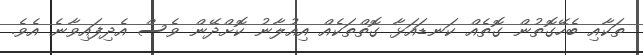
ތަކާއި ބެހޭގޮތުން ގޮތެއް ކަނޑައަޅާ ގޮތްތަކެއް އިއުލާނު ކޮށްދޭން ވެސް އެދިިފައިވާނެ އެވެ.